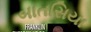
બાતસિયા